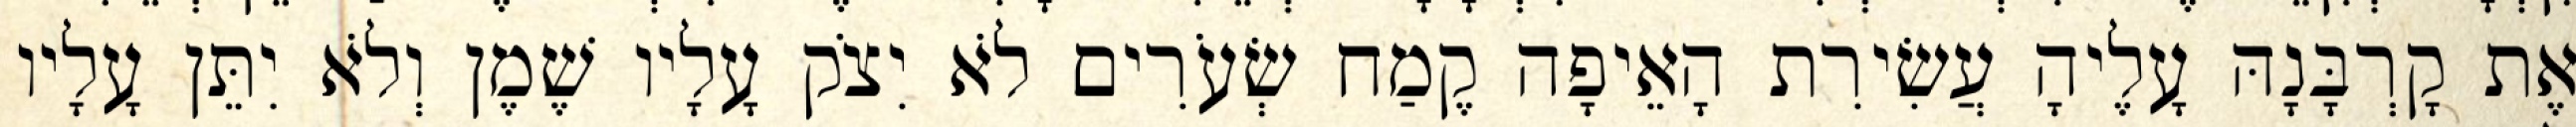
אֶת קָרְבָּנָהּ עָלֶיהָ עֲשִׂירִת הָאֵיפָה קֶמַח שְׂעֹרִים לֹא יִצֹק עָלָיו שֶׁמֶן וְלֹא יִתֵּן עָלָיו